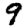
Digit: 9